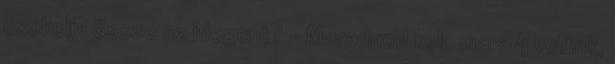
csókolja össze az idegent? - Maradnod kell, maradj velünk,